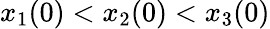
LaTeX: x_{1}(0)<x_{2}(0)<x_{3}(0)